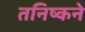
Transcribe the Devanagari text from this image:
तनिष्कने